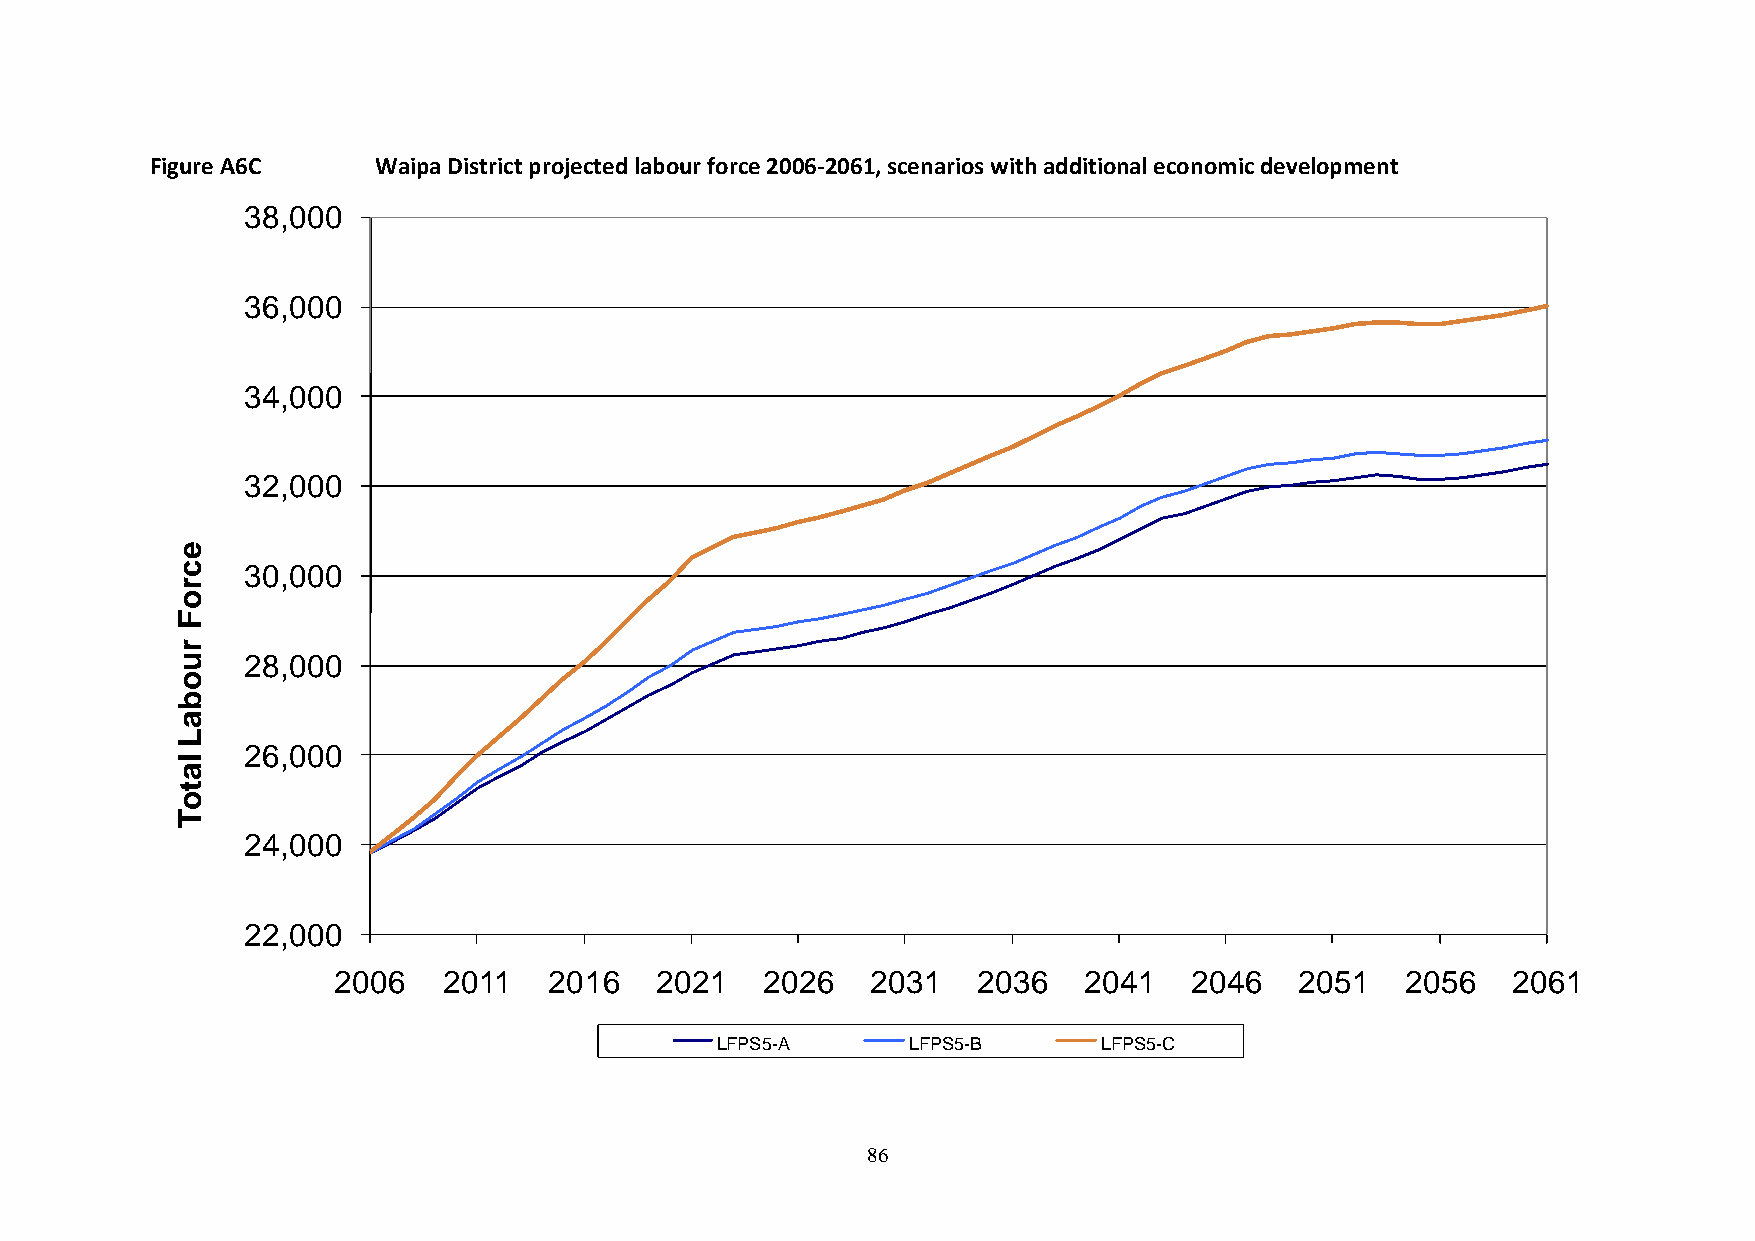
Figure A6C     Waipa District projected labour force 2006-2061, scenarios with additional economic development
 38,000
 36,000
 34,000
 32,000
 e
 c   30,000
 r
 o
 F
 r
 u   28,000
 o
 b
 a
 L
 26,000
 l
 a
 t
 o
 T
 24,000
 22,000
 2006   2011   2016   2021   2026    2031   2036   2041   2046   2051   2056   2061
 LFPS5-A      LFPS5-B      LFPS5-C
 86